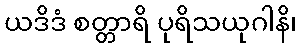
ယဒိဒံ စတ္တာရိ ပုရိသယုဂါနိ၊